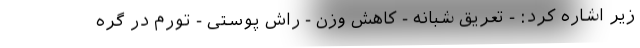
زیر اشاره کرد: - تعریق شبانه - کاهش وزن - راش پوستی - تورم در گره